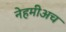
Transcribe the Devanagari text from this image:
नेहमीअच